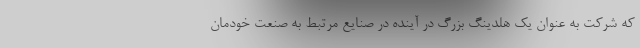
که شرکت به عنوان یک هلدینگ بزرگ در آینده در صنایع مرتبط به صنعت خودمان